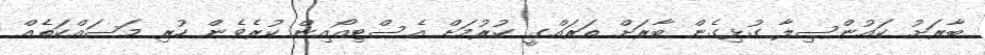
ބާރަށު ކައުންސިލާ ގުޅިގެން ބާރަށް ތަރައްގީ ކުުރުމަށް އެސްޓިއޯއިން ކުރެވެން ހުރި މަސައްކަތެއް